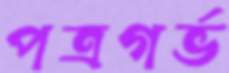
পত্রগর্ভ